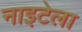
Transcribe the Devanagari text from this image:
नाइटेला